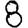
Digit: 8